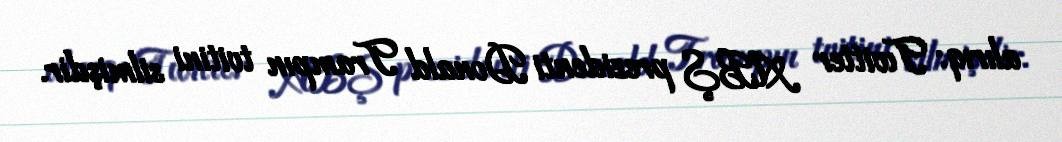
alırıq: Twitter ABŞ prezidenti Donald Trampın tvitini silmişdir.